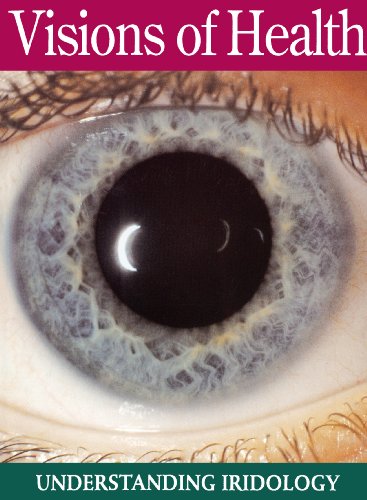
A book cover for Visions of Health : Understanding Iridology; Bernard Jensen; Medical Books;